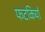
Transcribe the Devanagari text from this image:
फटकियाँ